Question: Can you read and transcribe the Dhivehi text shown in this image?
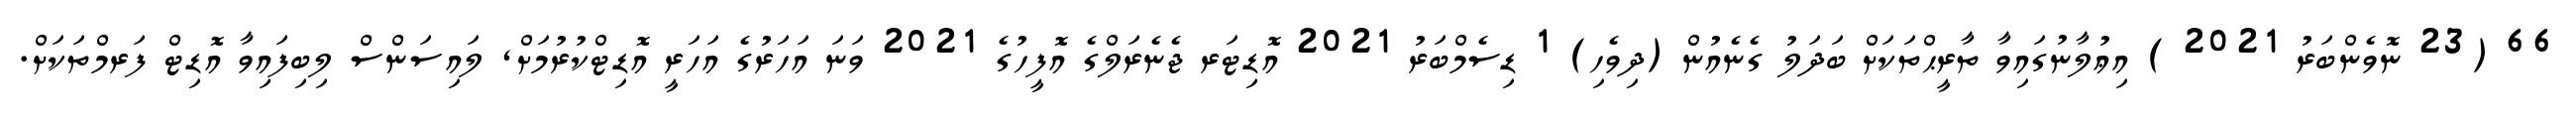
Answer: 66 (23 ނޮވެންބަރު 2021 ) އިޢުލާނުގައިވާ ތާރީޙްތަކަށް ބަދަލު ގެނެއުން (ދިވެހި) 1 ޑިސެމްބަރު 2021 އޮޑިޓަރ ޖެނެރަލްގެ އޮފީހުގެ 2021 ވަނަ އަހަރުގެ އަހަރީ އޮޑިޓްކުރުމަށް, ލައިސަންސް ލިބިފައިވާ އޮޑިޓް ފަރމްތަކަށް.